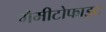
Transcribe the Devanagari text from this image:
गैमीटोफाइट